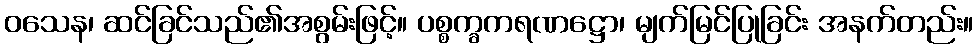
ဝသေန၊ ဆင်ခြင်သည်၏အစွမ်းဖြင့်။ ပစ္စက္ခကရဏဋ္ဌော၊ မျက်မြင်ပြုခြင်း အနက်တည်း။